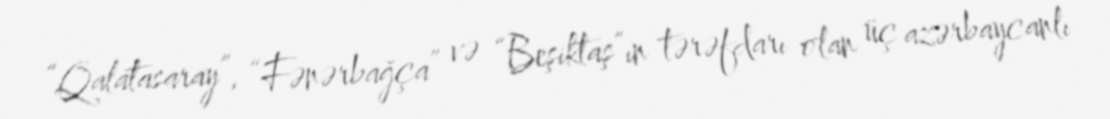
“Qalatasaray”, “Fənərbağça” və “Beşiktaş”ın tərəfdarı olan üç azərbaycanlı